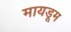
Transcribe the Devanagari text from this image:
मायडूम